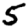
Digit: 5